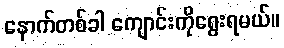
နောက်တစ်ခါ ကျောင်းကိုရွေးရမယ်။